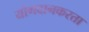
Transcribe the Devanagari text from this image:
योगदानकरता